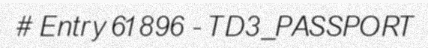
# Entry 61896 - TD3_PASSPORT